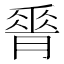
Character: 𦟝